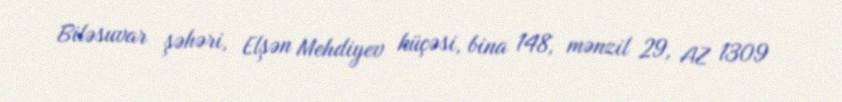
Biləsuvar şəhəri, Elşən Mehdiyev küçəsi, bina 148, mənzil 29, AZ 1309